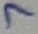
Text: 7